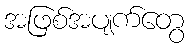
အဖြစ်အပျက်တွေ